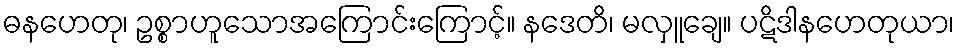
ဓနဟေတု၊ ဥစ္စာဟူသောအကြောင်းကြောင့်။ နဒေတိ၊ မလှူချေ။ ပဋိဒါနဟေတုယာ၊